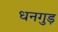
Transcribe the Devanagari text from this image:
धनगुड़